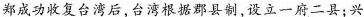
郑成功收复台湾后，台湾根据郡县制，设立一府二县；兴